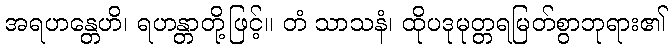
အရဟန္တေဟိ၊ ရဟန္တာတို့ဖြင့်။ တံ သာသနံ၊ ထိုပဒုမုတ္တရမြတ်စွာဘုရား၏